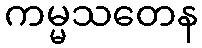
ကမ္မသတေန